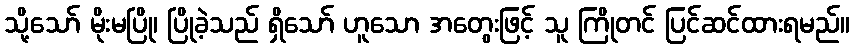
သို့သော် မိုးမပြို၊ ပြိုခဲ့သည် ရှိသော် ဟူသော အတွေးဖြင့် သူ ကြိုတင် ပြင်ဆင်ထားရမည်။